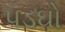
પડઘો